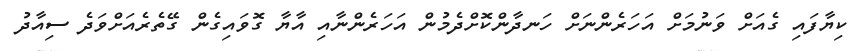
ކިޔާފައި ގެއަށް ވަނުމަށް އަހަރެންނަށް ހަނދާންކޮށްދެމުން އަހަރެންނާއި އާޔާ ގޮވައިގެން ގޭތެރެއަށްވަދެ ސިއާދު